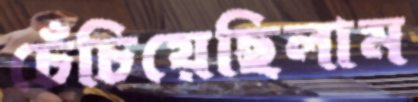
চেঁচিয়েছিলাম